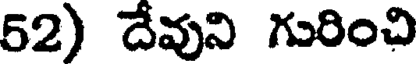
52) దేవుని గురించి